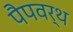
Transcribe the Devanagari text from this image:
पैपवर्थ